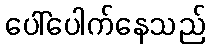
ပေါ်ပေါက်နေသည်